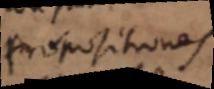
propositiones